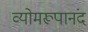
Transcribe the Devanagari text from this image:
व्योमरूपानंद